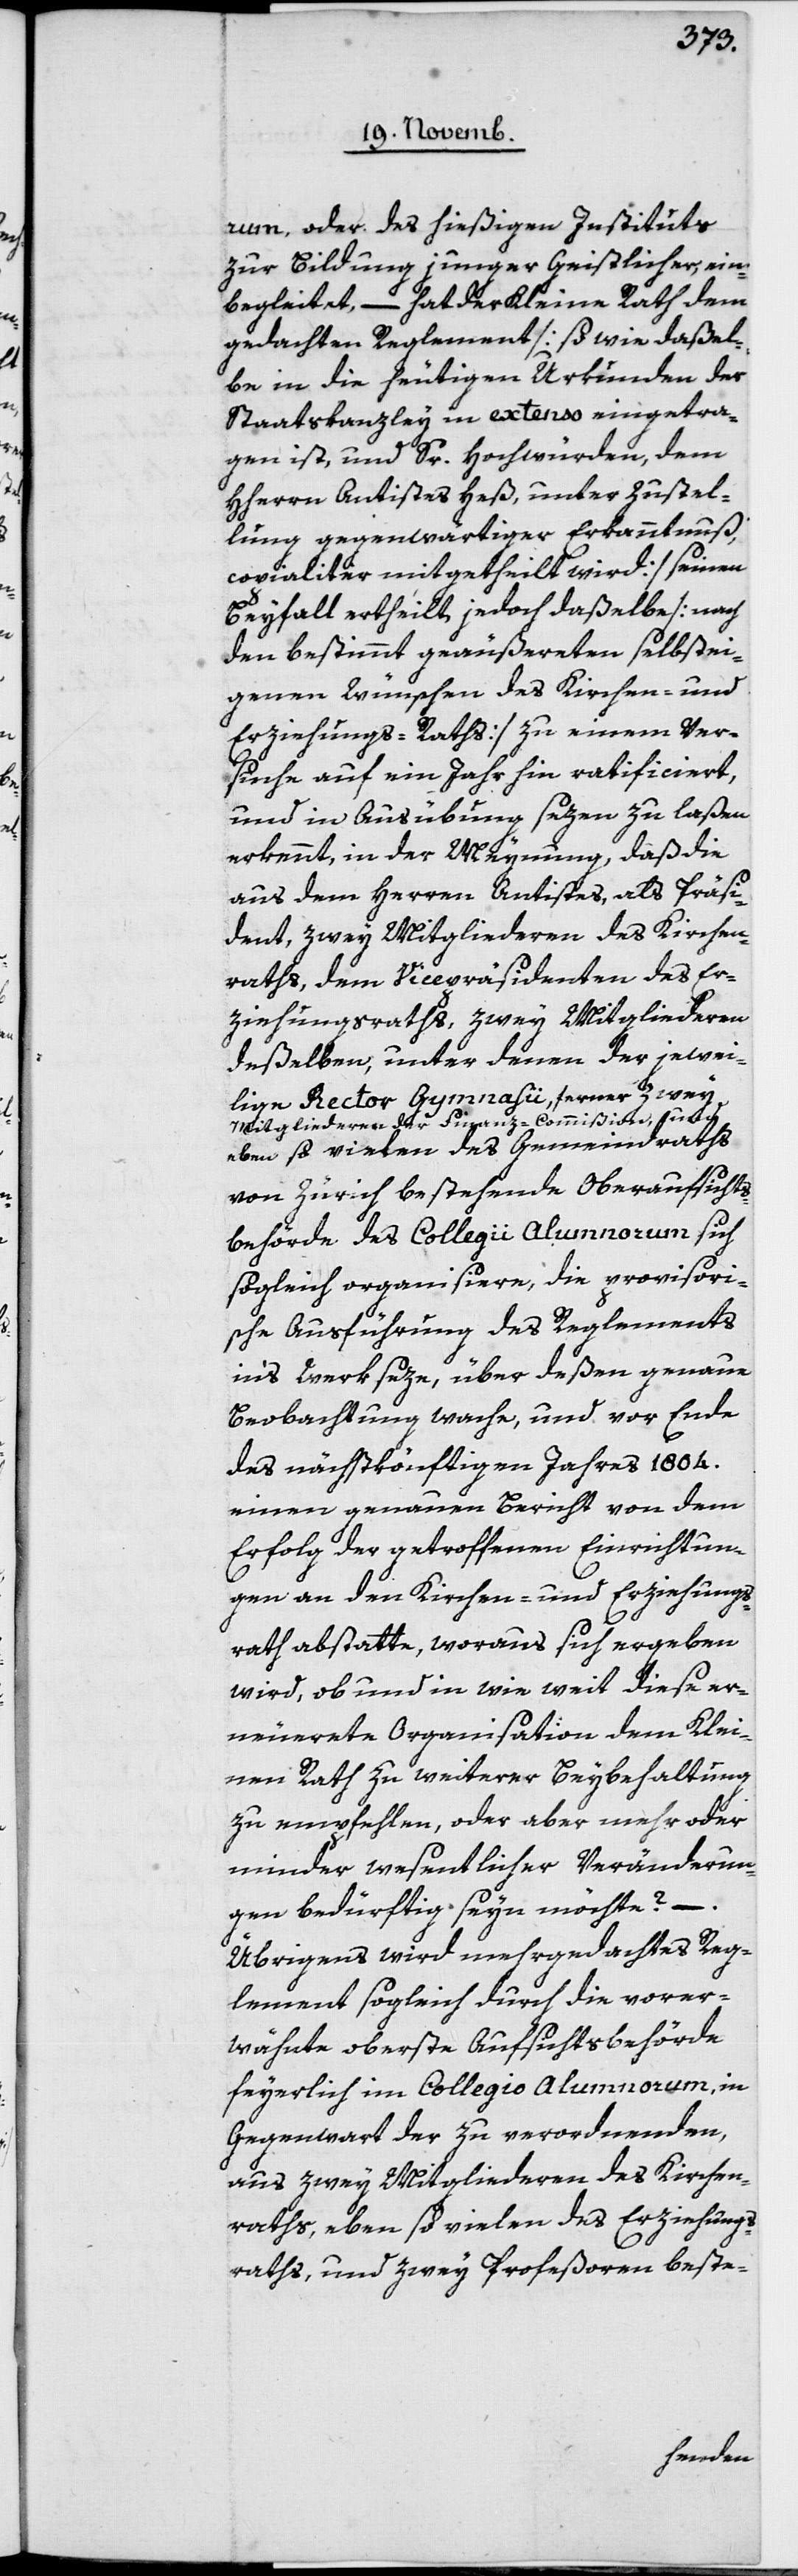
rum, oder des hießigen Instituts
zur Bildung junger Geistlicher, ein¬
begleitet, – hat der Kleine Rath dem
gedachten Reglement [so wie daßel¬
be in die heutigen Urkunden der
Staatskanzley in extenso eingetra¬
gen ist, und Sr. Hochwürden, dem
HHerrn Antistes Heß, unter Zustel¬
lung gegenwärtiger Erkanntnuß,
copialiter mitgetheilt wird] seinen
Beyfall ertheilt, jedoch daßelbe [nach
den bestimmt geäußerten selbstei¬
genen Wünschen des Kirchen- und
Erziehungs-Raths] zu einem Ver¬
suche auf ein Jahr hin ratificiert,
und in Ausübrung sezen zu laßen
erkennt, in der Meynung, daß die
aus dem Herren Antistes als Präsi¬
dent, zwey Mitgliederen des Kirchen¬
raths, dem Vicepräsidenten des Er¬
ziehungsraths, zwey Mitgliedern
deßelben, unter denen der jewei¬
lige Rector Gymnasii, ferner zwey
Mitgliederen der Finanz-Commißion, und
eben so vielen des Gemeindraths
von Zürich bestehende Oberaufsichts¬
behörde des Collegii Alumnorum sich
sogleich organisiern, die provisori¬
sche Ausführung des Reglements
ins Werk seze, über deßen genaue
Beobachtung wache, und vor Ende
des nächstkönftigen Jahres 1804
einen genauen Bericht von dem
Erfolg der getroffenen Einrichtun¬
gen an den Kirchen- und Erziehungs¬
rath abstatte, woraus sich ergeben
wird, ob und in wie weit diese er¬
neuerte Organisation dem Klei¬
nen Rath zu weiterer Beybehaltung
zu empfehlen, oder aber mehr oder
minder wesentlicher Veränderun¬
gen bedürftig seyn möchte?
Übrigens wird mehrgedachtes Reg¬
lement sogleich durch die vorer¬
wähnte oberste Aufsichtsbehörde
feyerlich im Collegio Alumnorum, in
Gegenwart der zu verordneten,
aus zwey Mitgliederen des Kirchen¬
raths, eben so vielen des Erziehungs¬
raths und zwey Profeßoren beste-